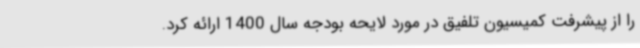
را از پیشرفت کمیسیون تلفیق در مورد لایحه بودجه سال 1400 ارائه کرد.